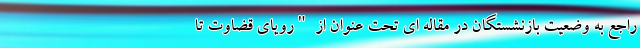
راجع به وضعیت بازنشستگان در مقاله ای تحت عنوان از "رویای قضاوت تا